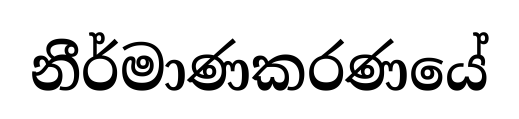
නීර්මාණකරණයේ